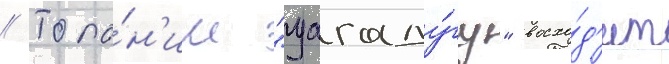
// Топо́н'им "уагаду́гу" восхо́д'ит